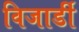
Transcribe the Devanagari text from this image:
विजार्डी